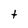
Character: t